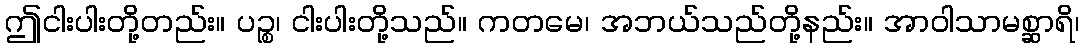
ဤငါးပါးတို့တည်း။ ပဉ္စ၊ ငါးပါးတို့သည်။ ကတမေ၊ အဘယ်သည်တို့နည်း။ အာဝါသာမစ္ဆာရိ၊